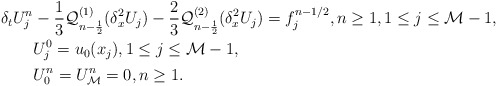
\begin{align*} \delta_t U^n_j & - \frac{1}{3}\mathcal{Q}_{n-\frac{1}{2}}^{(1)}(\delta_x^2U_j) - \frac{2}{3}\mathcal{Q}_{n-\frac{1}{2}}^{(2)}(\delta_x^2U_j) = f^{n-1/2}_j, n\geq 1, 1\leq j \leq \mathcal{M}-1, \\ & U_j^0=u_0(x_j), 1\leq j \leq \mathcal{M}-1, \\ & U_{0}^n = U_{\mathcal{M}}^n = 0, n\geq 1. \end{align*}